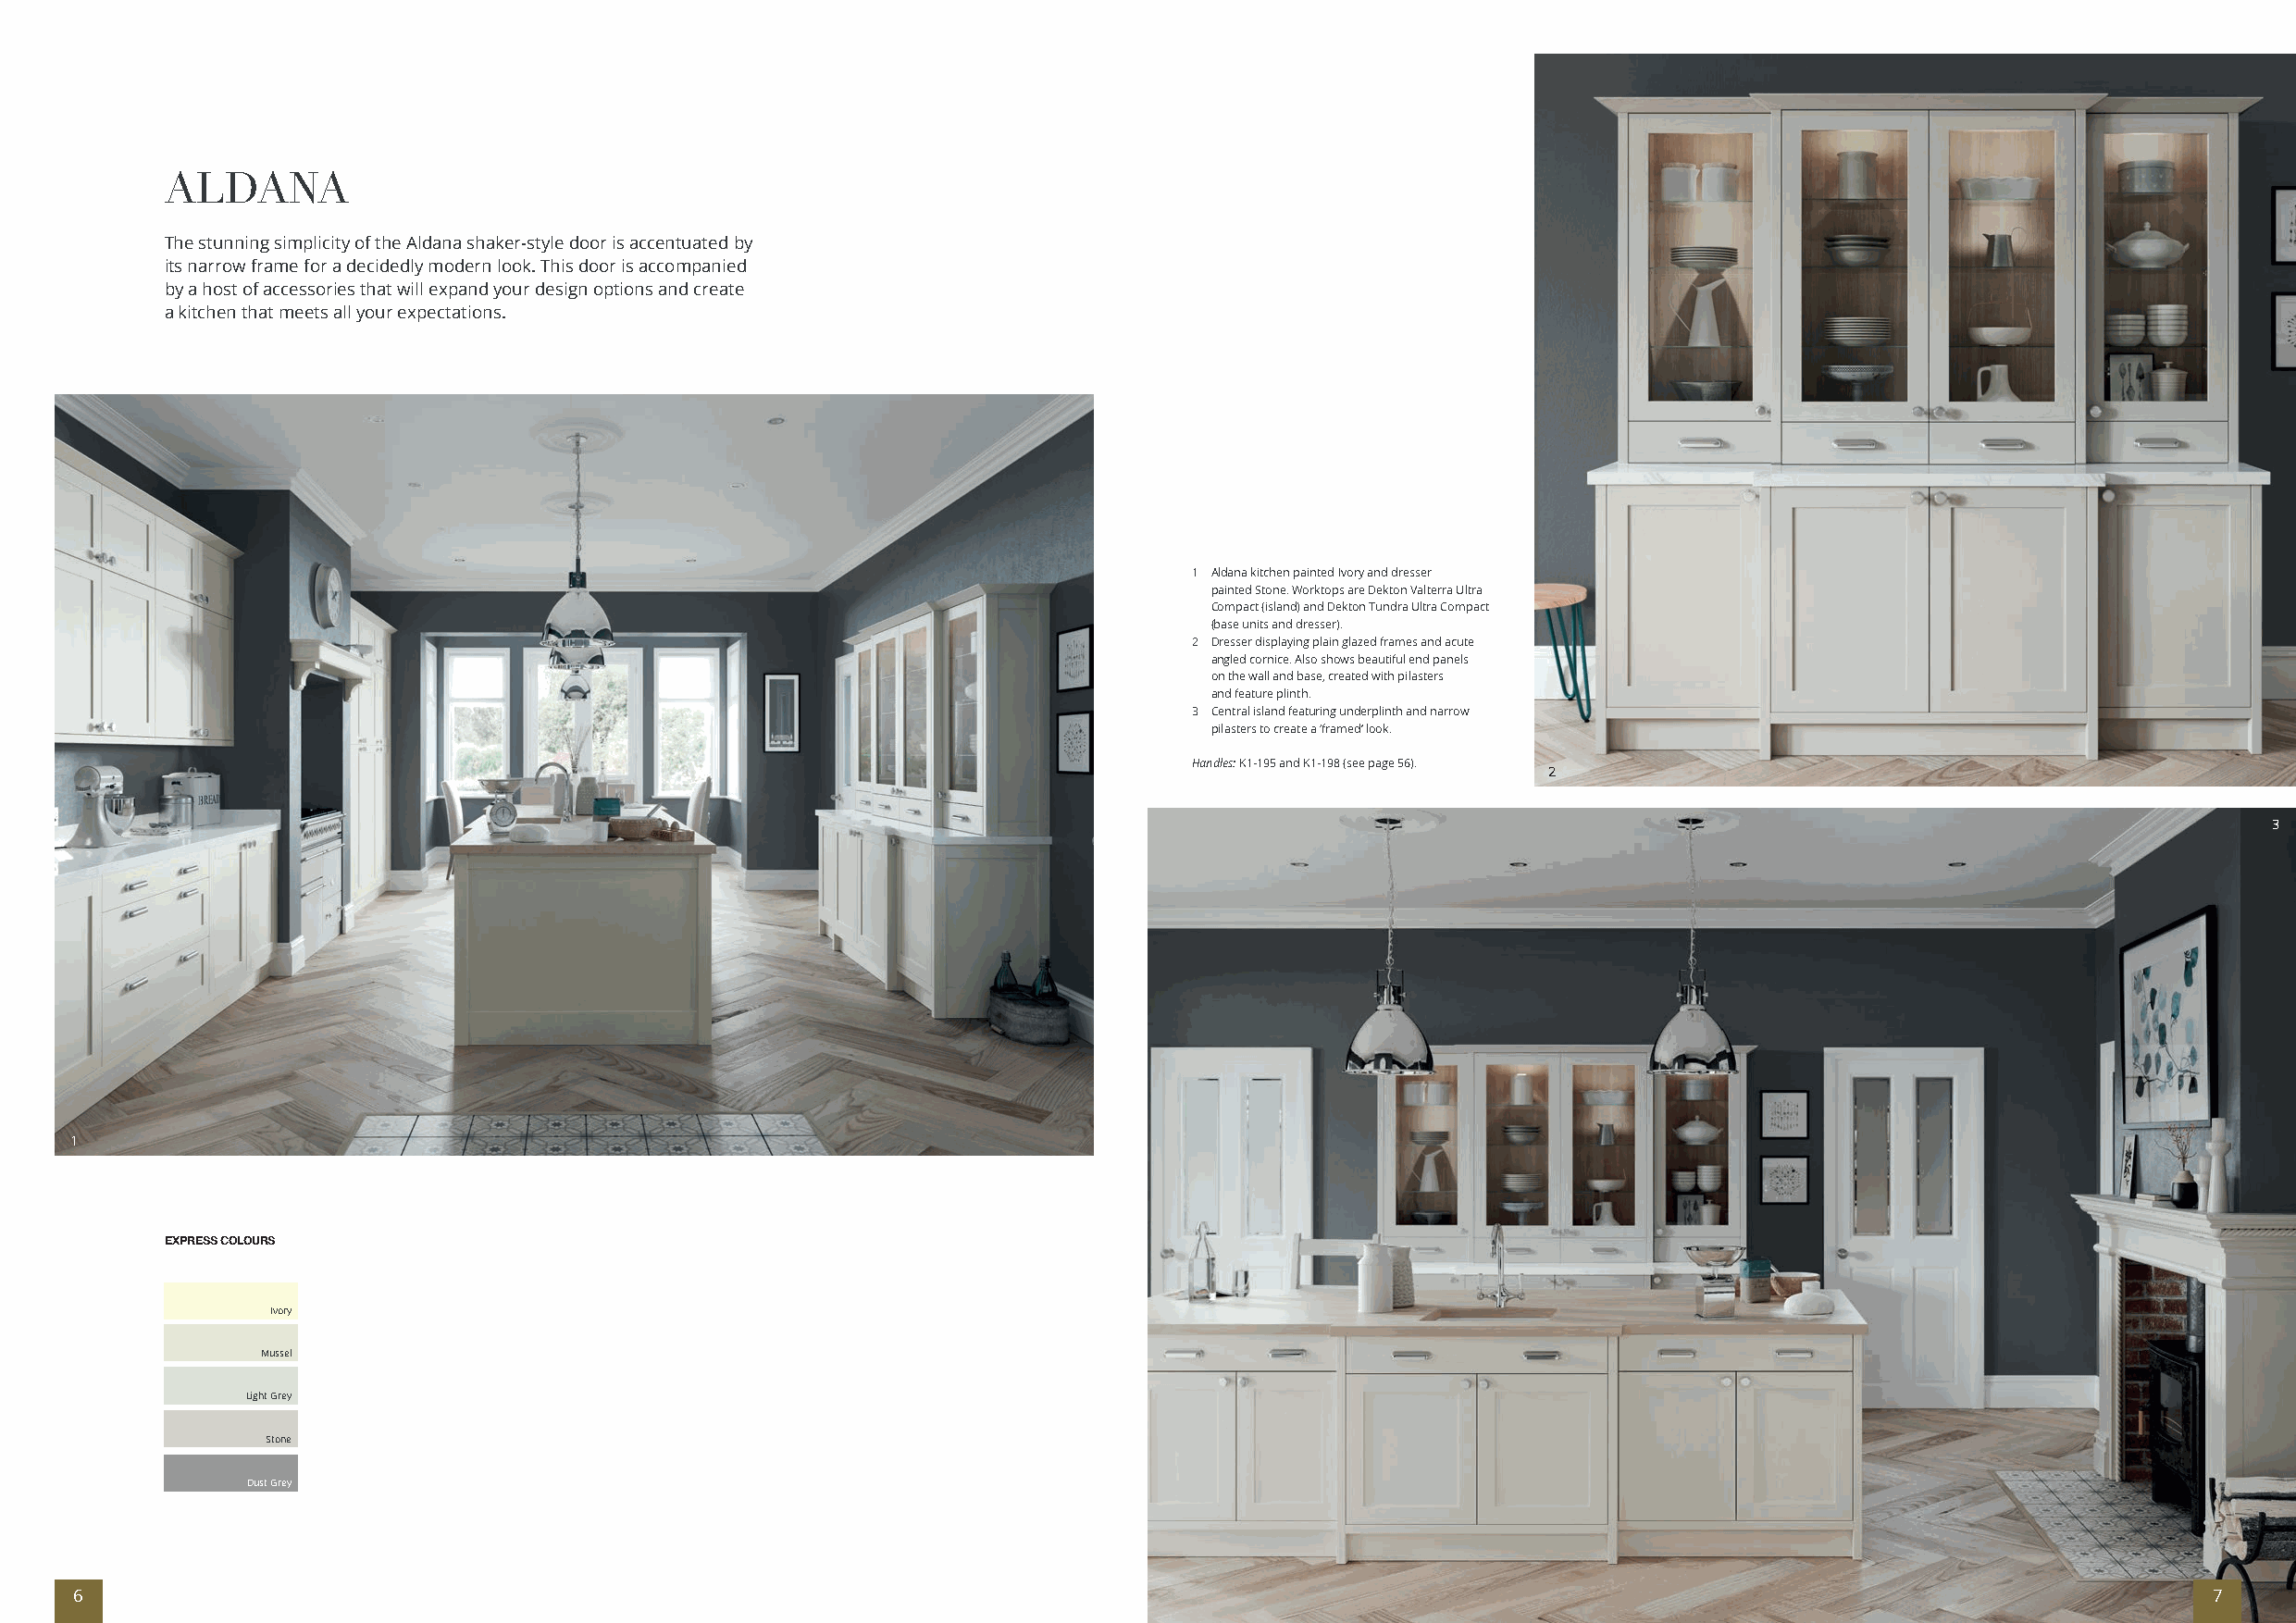
ALDANA
 The stunning simplicity of the Aldana shaker-style door is accentuated by
 its narrow frame for a decidedly modern look. This door is accompanied
 by a host of accessories that will expand your design options and create
 a kitchen that meets all your expectations.
 1 Aldana kitchen painted Ivory and dresser
 painted Stone. Worktops are Dekton Valterra Ultra
 Compact (island) and Dekton Tundra Ultra Compact
 (base units and dresser).
 2 Dresser displaying plain glazed frames and acute
 angled cornice. Also shows beautiful end panels
 on the wall and base, created with pilasters
 and feature plinth.
 3 Central island featuring underplinth and narrow
 pilasters to create a ‘framed’ look.
 Handles: K1-195 and K1-198 (see page 56).
 2
 3
 1
 EXPRESS COLOURS
 Ivory
 Mussel
 Light Grey
 Stone
 Dust Grey
 6                                                                                                                                                        7